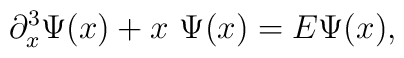
\partial_x^3\Psi(x) +x\ \Psi(x)=E\Psi(x),